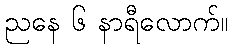
ညနေ ၆ နာရီလောက်။